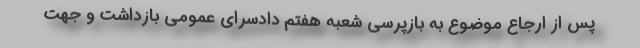
پس از ارجاع موضوع به بازپرسی شعبه هفتم دادسرای عمومی بازداشت و جهت